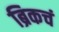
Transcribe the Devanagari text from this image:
ब्रिकचं